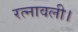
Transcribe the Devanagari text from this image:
रत्नावली।